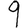
Digit: 9